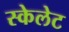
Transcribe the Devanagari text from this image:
स्केलेट